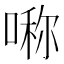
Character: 𠺰